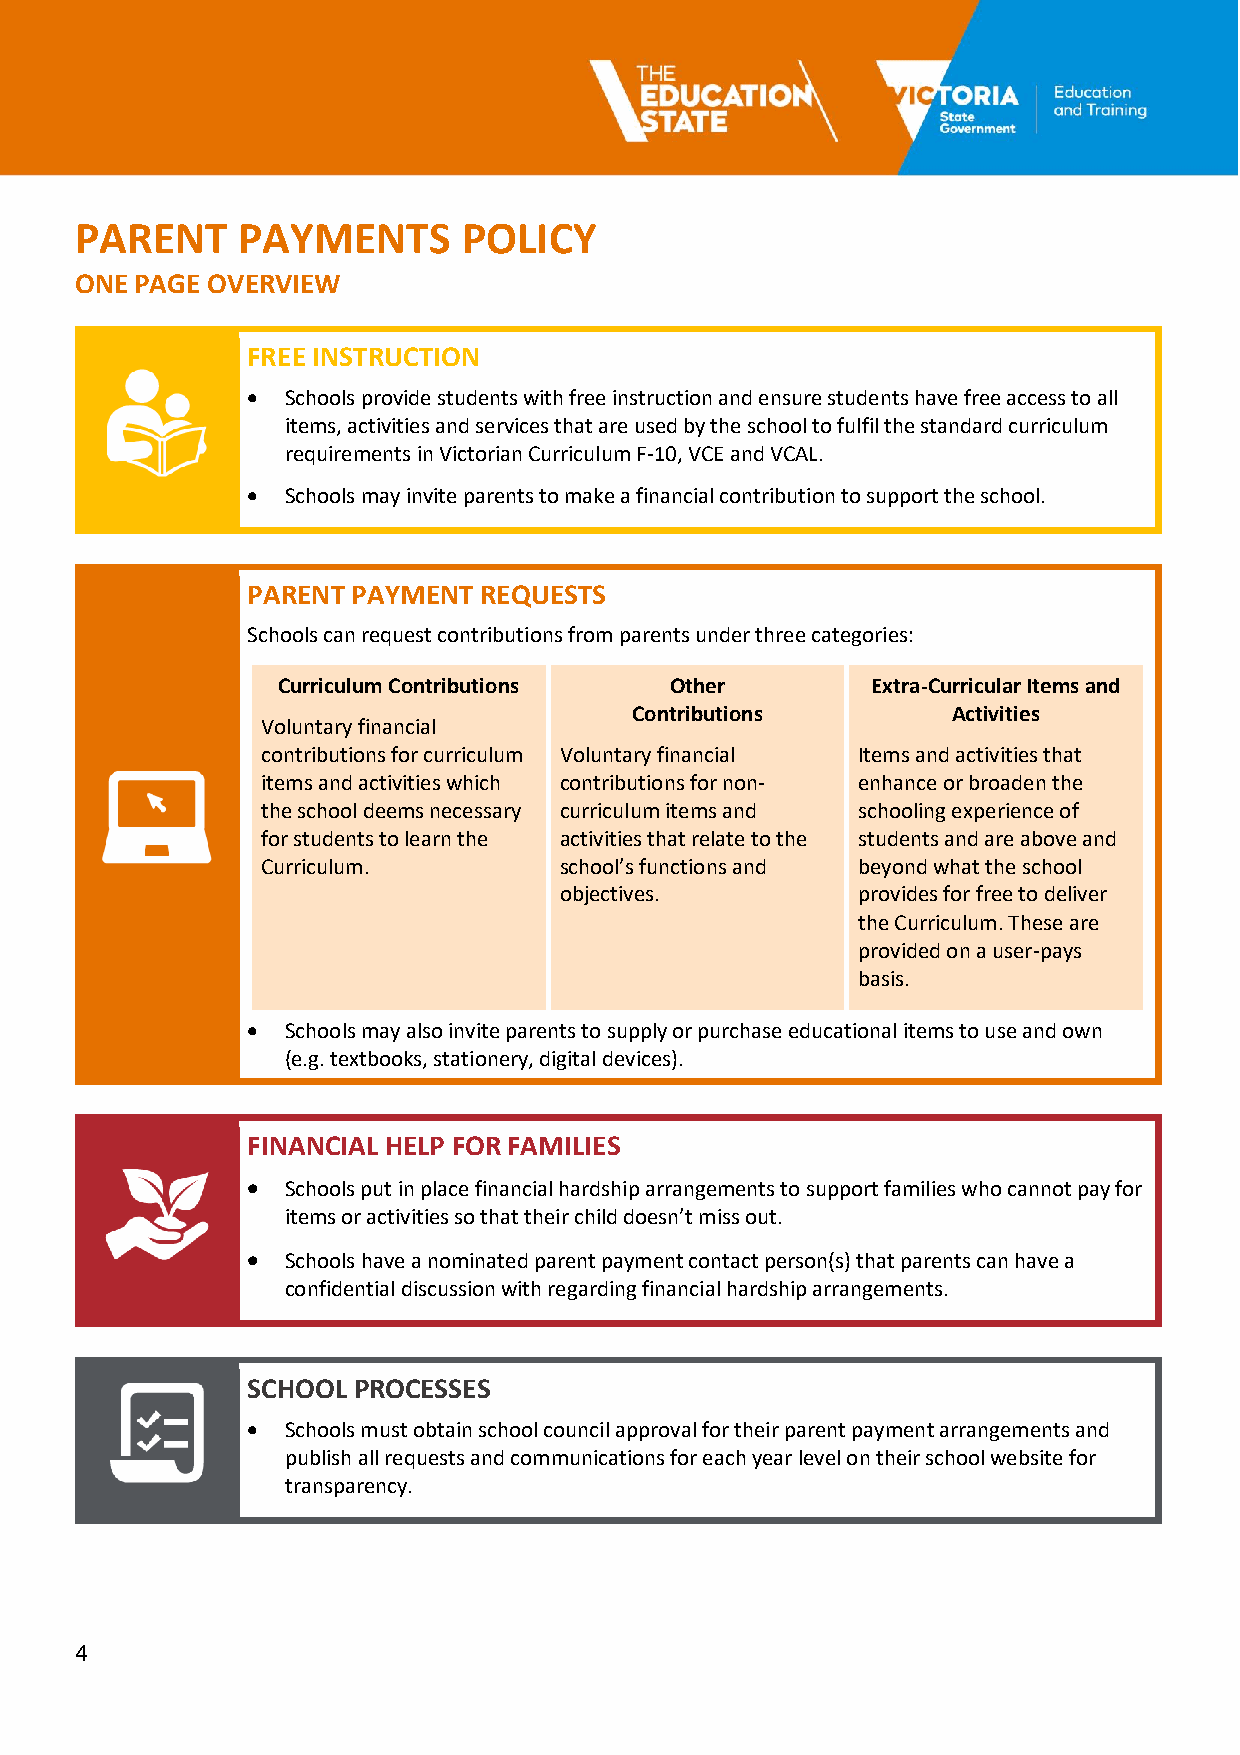
PARENT     PAYMENTS       POLICY
 ONE PAGE OVERVIEW
 FREE INSTRUCTION
 •  Schools provide students with free instruction and ensure students have free access to all
 items, activities and services that are used by the school to fulfil the standard curriculum
 requirements in Victorian Curriculum F-10, VCE and VCAL.
 •  Schools may invite parents to make a financial contribution to support the school.
 PARENT PAYMENT  REQUESTS
 Schools can request contributions from parents under three categories:
 Curriculum Contributions  Other         Extra-Curricular Items and
 Contributions        Activities
 Voluntary financial
 contributions for curriculum Voluntary financial Items and activities that
 items and activities which contributions for non- enhance or broaden the
 the school deems necessary curriculum items and schooling experience of
 for students to learn the activities that relate to the students and are above and
 Curriculum.         school’s functions and beyond what the school
 objectives.         provides for free to deliver
 the Curriculum. These are
 provided on a user-pays
 basis.
 •  Schools may also invite parents to supply or purchase educational items to use and own
 (e.g. textbooks, stationery, digital devices).
 FINANCIAL HELP FOR FAMILIES
 •  Schools put in place financial hardship arrangements to support families who cannot pay for
 items or activities so that their child doesn’t miss out.
 •  Schools have a nominated parent payment contact person(s) that parents can have a
 confidential discussion with regarding financial hardship arrangements.
 SCHOOL PROCESSES
 •  Schools must obtain school council approval for their parent payment arrangements and
 publish all requests and communications for each year level on their school website for
 transparency.
 4